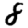
Digit: 8